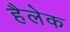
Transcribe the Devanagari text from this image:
हैलेक